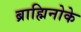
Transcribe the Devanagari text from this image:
ब्राह्मिनोके